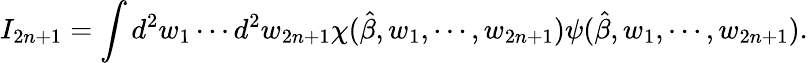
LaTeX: I_{2n+1}=\int d^{2}w_{1}\cdots d^{2}w_{2n+1}\chi(\hat{\beta},w_{1},\cdots,w_{2n+1})\psi(\hat{\beta},w_{1},\cdots,w_{2n+1}).